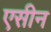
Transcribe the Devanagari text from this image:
एसीन